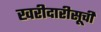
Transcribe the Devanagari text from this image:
खरीदारीसूची